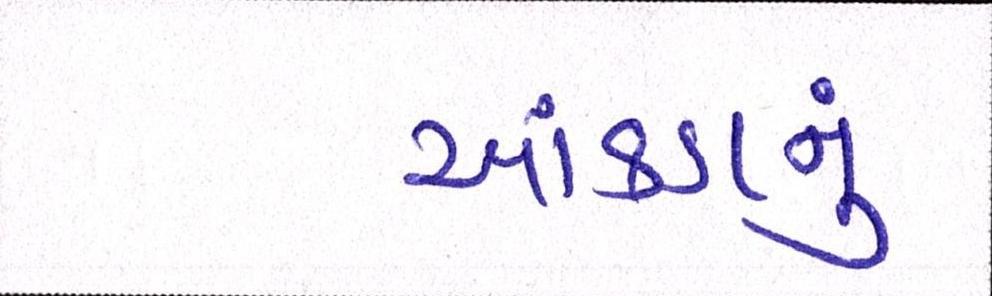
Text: આંકડાનું